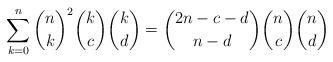
LaTeX: \begin{align*} \sum_{k=0}^n \binom{n}{k}^2 \binom{k}{c}\binom{k}{d} = \binom{2n-c-d}{n-d}\binom{n}{c}\binom{n}{d}\end{align*}